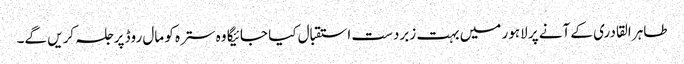
طاہر القادری کے آنے پر لاہور میں بہت زبردست استقبال کیا جائیگا وہ سترہ کو مال روڈ پر جلسہ کریں گے۔